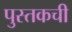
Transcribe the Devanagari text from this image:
पुस्तकची